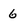
Character: 6